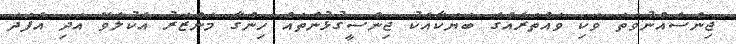
ޖިންސެއްނުވަތަ ވަކި ވައްތަރެއްގެ ބަޔަކާއެކު ޖިންސީގުޅުންތައް ހިންގާ މަންޒަރު އެކުލެވޭ އަދި އެފަދަ